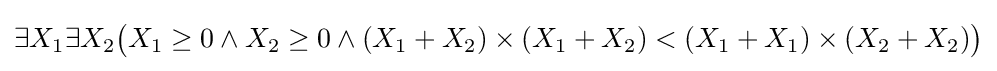
\exists X_{1}\exists X_{2}{\bigl (}X_{1}\geq 0\wedge X_{2}\geq 0\wedge (X_{1}+X_{2})\times (X_{1}+X_{2})<(X_{1}+X_{1})\times (X_{2}+X_{2}){\bigr )}